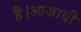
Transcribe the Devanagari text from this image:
है।आजादी